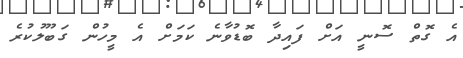
އެ ގޮތް ސޮނީ އަށް ފައިދާ ބޮޑުވާނެ ކަމަށް އެ މީހުން ގަބޫލުކުރެ